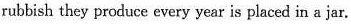
rubbish they produce every year is placed in a jar.